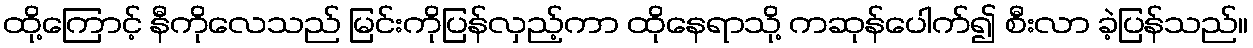
ထို့ကြောင့် နီကိုလေသည် မြင်းကိုပြန်လှည့်ကာ ထိုနေရာသို့ ကဆုန်ပေါက်၍ စီးလာ ခဲ့ပြန်သည်။